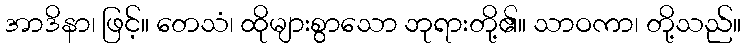
အာဒိနာ၊ ဖြင့်။ တေသံ၊ ထိုများစွာသော ဘုရားတို့၏။ သာဝကာ၊ တို့သည်။